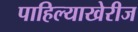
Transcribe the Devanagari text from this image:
पाहिल्याखेरीज